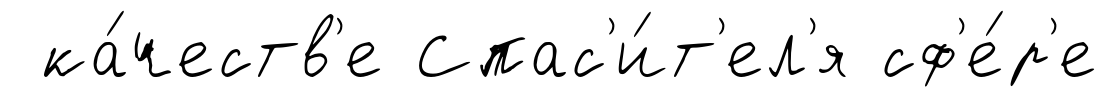
ка́честв'е Спас'и́т'ел'я сф'е́р'е